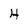
Character: H